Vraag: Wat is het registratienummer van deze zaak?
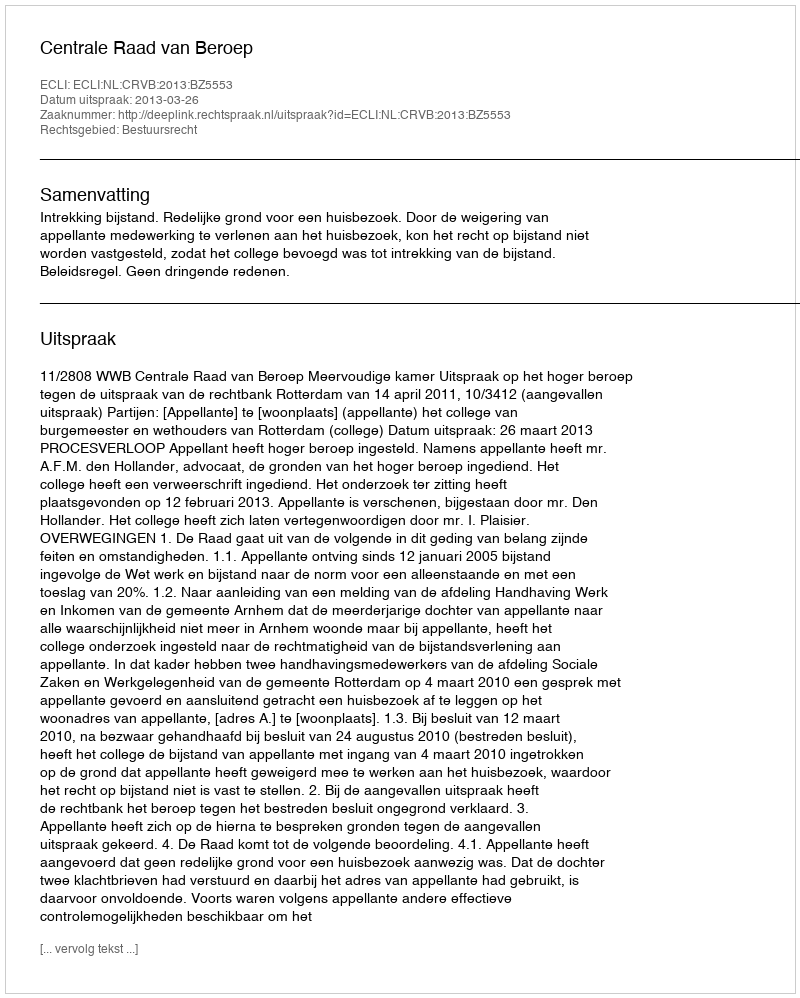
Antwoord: http://deeplink.rechtspraak.nl/uitspraak?id=ECLI:NL:CRVB:2013:BZ5553